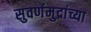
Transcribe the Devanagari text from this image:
सुवर्णमुद्रांच्या